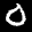
Label: 0